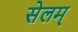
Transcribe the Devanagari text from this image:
सेलम्